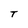
Character: T